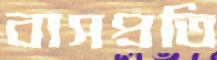
বাসপ্রতি